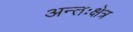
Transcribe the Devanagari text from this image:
अन्तःक्षेत्र